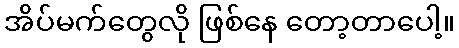
အိပ်မက်တွေလို ဖြစ်နေ တော့တာပေါ့။